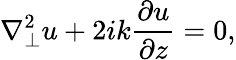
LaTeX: \nabla_{\perp}^{2}u+2ik{\frac{\partial u}{\partial z}}=0,